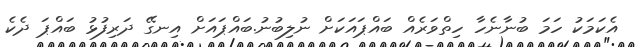
އެކަމަކު ހަމަ ބުނާނެހާ ހިތްވަރެއް ބައްޕައަކަށް ނުލިބުނު.ބައްޕައަށް އިނގޭ ދަރިފުޅު ބައްޕަ ދެކެ